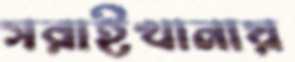
সরাইখানায়